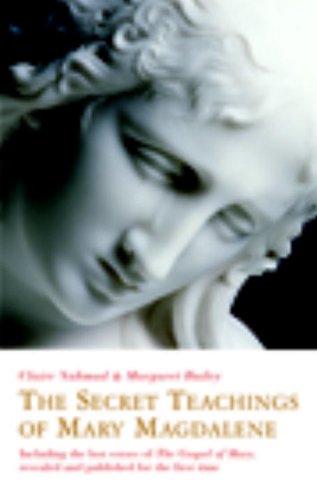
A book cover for The Secret Teachings of Mary Magdalene: Including the Lost Verses of The Gospel of Mary, Revealed and Published for the First Time; Claire Nahmad; Christian Books & Bibles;